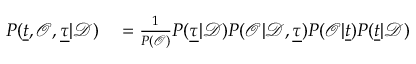
\begin{array} { r l } { P ( \underline { { t } } , \mathcal { O } , \underline { \tau } | \mathcal { D } ) } & { { } = \frac { 1 } { P ( \mathcal { O } ) } P ( \underline { \tau } | \mathcal { D } ) P ( \mathcal { O } | \mathcal { D } , \underline { \tau } ) P ( \mathcal { O } | \underline { { t } } ) P ( \underline { { t } } | \mathcal { D } ) } \end{array}